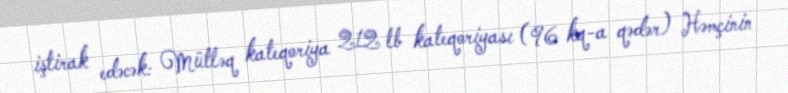
iştirak edəcək: Mütləq kateqoriya 212 lb kateqoriyası (96 kq-a qədər) Həmçinin